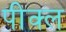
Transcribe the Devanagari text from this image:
पीक्ल